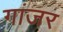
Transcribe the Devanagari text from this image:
गांजर